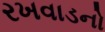
રખવાડનો